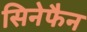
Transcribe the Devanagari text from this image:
सिनेफैन